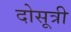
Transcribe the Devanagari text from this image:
दोसूत्री